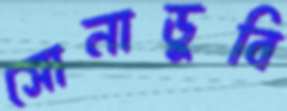
সোনাডুবি